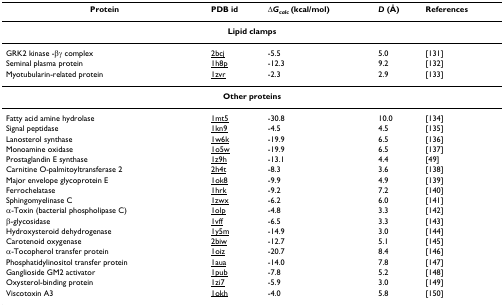
<table><thead><tr><td><b>Protein</b></td><td><b>PDB id</b></td><td><b>Δ<i>G</i><sub><i>calc </i></sub>(kcal/mol)</b></td><td><b><i>D </i>(Å)</b></td><td><b>References</b></td></tr></thead><tbody><tr><td colspan="5"><b>Lipid clamps</b></td></tr><tr><td>GRK2 kinase -βγ complex</td><td>2bcj</td><td>-5.5</td><td>5.0</td><td>[131]</td></tr><tr><td>Seminal plasma protein</td><td>1h8p</td><td>-12.3</td><td>9.2</td><td>[132]</td></tr><tr><td>Myotubularin-related protein</td><td>1zvr</td><td>-2.3</td><td>2.9</td><td>[133]</td></tr><tr><td colspan="5"><b>Other proteins</b></td></tr><tr><td>Fatty acid amine hydrolase</td><td>1mt5</td><td>-30.8</td><td>10.0</td><td>[134]</td></tr><tr><td>Signal peptidase</td><td>1kn9</td><td>-4.5</td><td>4.5</td><td>[135]</td></tr><tr><td>Lanosterol synthase</td><td>1w6k</td><td>-19.9</td><td>6.5</td><td>[136]</td></tr><tr><td>Monoamine oxidase</td><td>1o5w</td><td>-19.9</td><td>6.5</td><td>[137]</td></tr><tr><td>Prostaglandin E synthase</td><td>1z9h</td><td>-13.1</td><td>4.4</td><td>[49]</td></tr><tr><td>Carnitine O-palmitoyltransferase 2</td><td>2h4t</td><td>-8.3</td><td>3.6</td><td>[138]</td></tr><tr><td>Major envelope glycoprotein E</td><td>1ok8</td><td>-9.9</td><td>4.9</td><td>[139]</td></tr><tr><td>Ferrochelatase</td><td>1hrk</td><td>-9.2</td><td>7.2</td><td>[140]</td></tr><tr><td>Sphingomyelinase C</td><td>1zwx</td><td>-6.2</td><td>6.0</td><td>[141]</td></tr><tr><td>α-Toxin (bacterial phospholipase C)</td><td>1olp</td><td>-4.8</td><td>3.3</td><td>[142]</td></tr><tr><td>β-glycosidase</td><td>1vff</td><td>-6.5</td><td>3.3</td><td>[143]</td></tr><tr><td>Hydroxysteroid dehydrogenase</td><td>1y5m</td><td>-14.9</td><td>3.0</td><td>[144]</td></tr><tr><td>Carotenoid oxygenase</td><td>2biw</td><td>-12.7</td><td>5.1</td><td>[145]</td></tr><tr><td>α-Tocopherol transfer protein</td><td>1oiz</td><td>-20.7</td><td>8.4</td><td>[146]</td></tr><tr><td>Phosphatidylinositol transfer protein</td><td>1aua</td><td>-14.0</td><td>7.8</td><td>[147]</td></tr><tr><td>Ganglioside GM2 activator</td><td>1pub</td><td>-7.8</td><td>5.2</td><td>[148]</td></tr><tr><td>Oxysterol-binding protein</td><td>1zi7</td><td>-5.9</td><td>3.0</td><td>[149]</td></tr><tr><td>Viscotoxin A3</td><td>1okh</td><td>-4.0</td><td>5.8</td><td>[150]</td></tr></tbody></table>